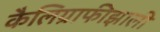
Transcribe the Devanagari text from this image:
कैलिग्राफीझाली